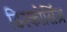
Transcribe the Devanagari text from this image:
डिस्कोर्सिज़